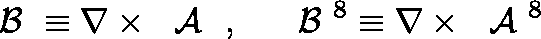
\mathrm { \boldmath ~ { \cal ~ B } ~ } \equiv \nabla \times \mathrm { \boldmath ~ { \cal ~ A } ~ } \ , ~ ~ ~ \mathrm { \boldmath ~ { \cal ~ B } ~ } ^ { 8 } \equiv \nabla \times \mathrm { \boldmath ~ { \cal ~ A } ~ } ^ { 8 }